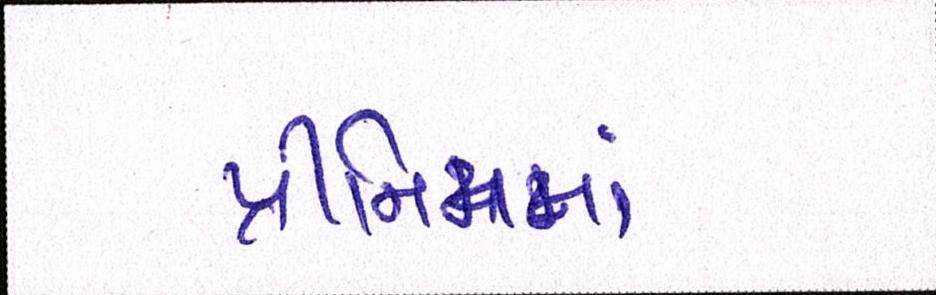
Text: પ્રીમિમમાં